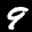
Label: 9